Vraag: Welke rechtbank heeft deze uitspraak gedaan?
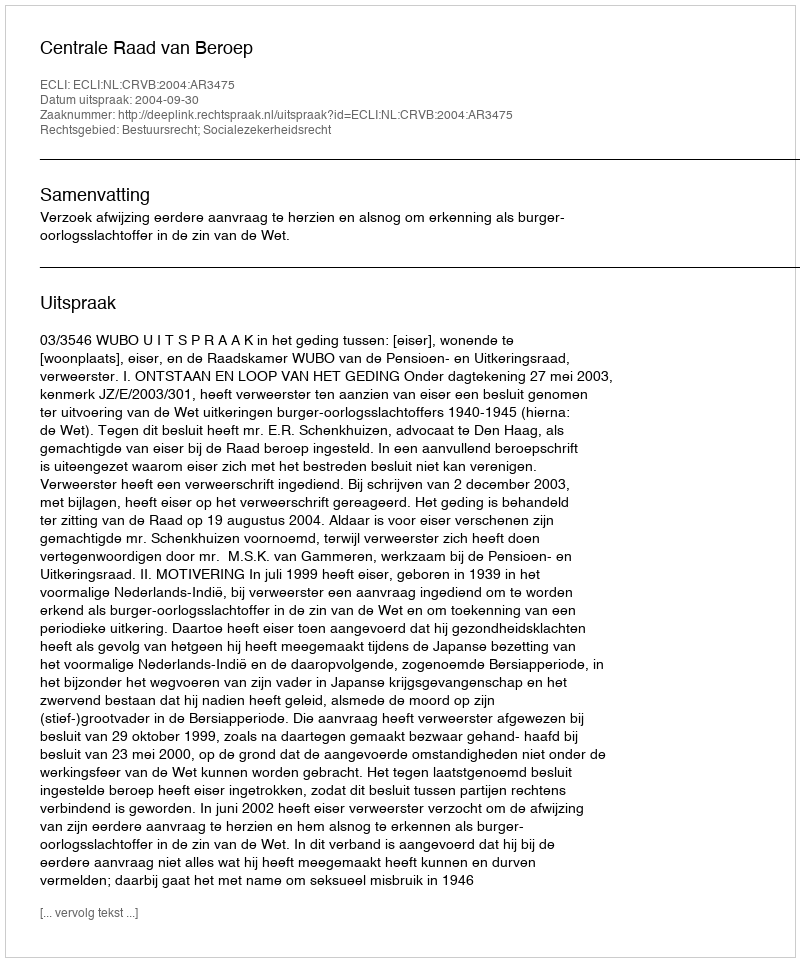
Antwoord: Centrale Raad van Beroep